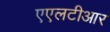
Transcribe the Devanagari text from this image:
एएलटीआर